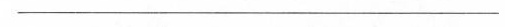
___